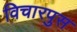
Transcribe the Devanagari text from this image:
विचारपुस